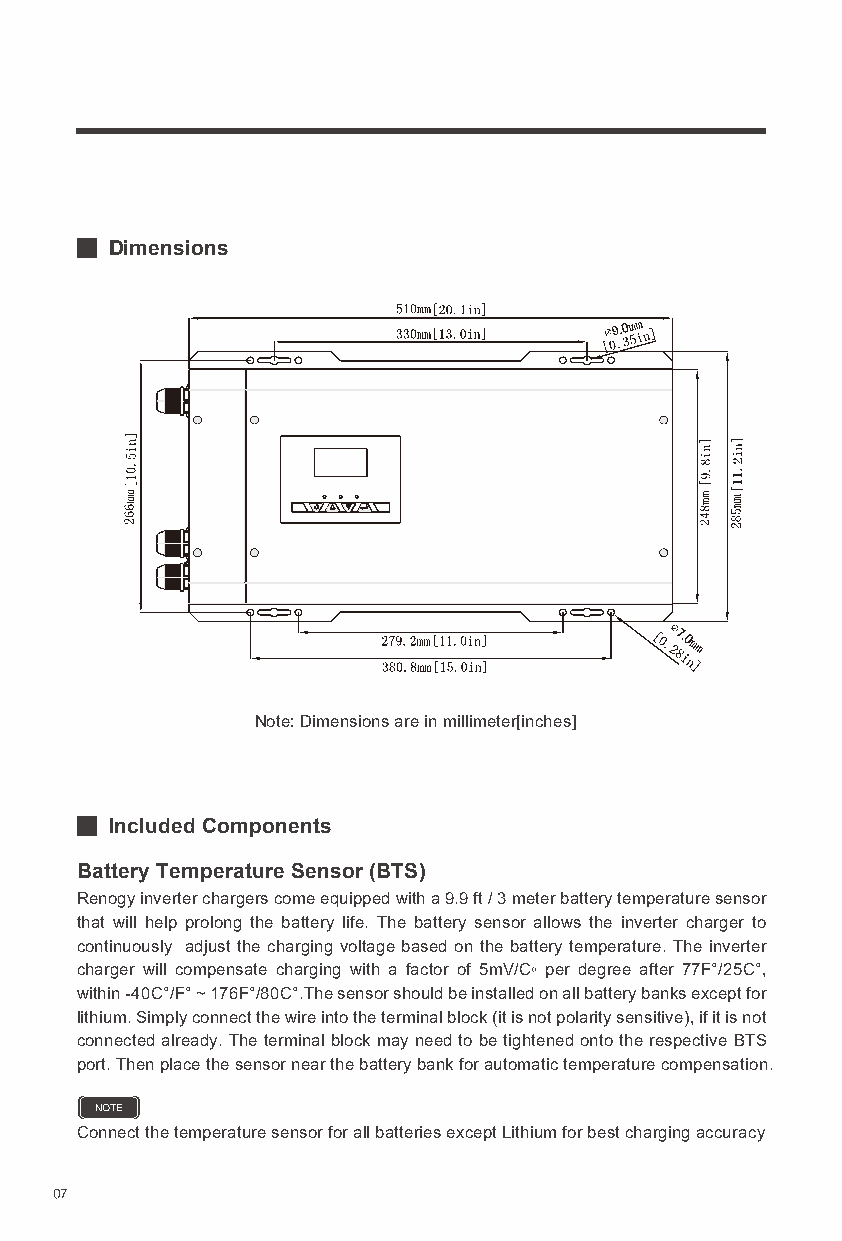
Dimensions
 Note: Dimensions are in millimeter[inches]
 Included Components
 Battery Temperature Sensor (BTS)
 Renogy inverter chargers come equipped with a 9.9 ft / 3 meter battery temperature sensor
 that will help prolong the battery life. The battery sensor allows the inverter charger to
 continuously adjust the charging voltage based on the battery temperature. The inverter
 charger will compensate charging with a factor of 5mV/C◦ per degree after 77F°/25C°,
 within -40C°/F° ~ 176F°/80C°.The sensor should be installed on all battery banks except for
 lithium. Simply connect the wire into the terminal block (it is not polarity sensitive), if it is not
 connected already. The terminal block may need to be tightened onto the respective BTS
 port. Then place the sensor near the battery bank for automatic temperature compensation.
 NOTE
 Connect the temperature sensor for all batteries except Lithium for best charging accuracy
 07